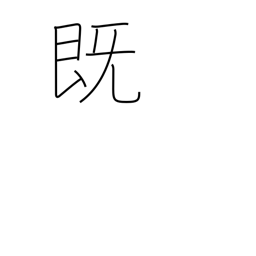
Meaning: previously